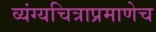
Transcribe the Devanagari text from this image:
व्यंग्यचित्राप्रमाणेच